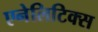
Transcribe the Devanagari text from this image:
एनेलिटिक्स